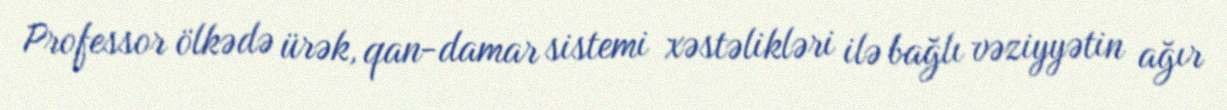
Professor ölkədə ürək, qan-damar sistemi xəstəlikləri ilə bağlı vəziyyətin ağır